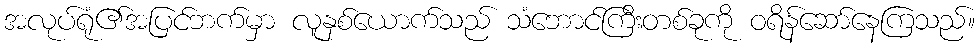
အလုပ်ရုံ၏အပြင်ဘက်မှာ လူနှစ်ယောက်သည် သံဘောင်ကြီးတစ်ခုကို ဝရိန်ဆော်နေကြသည်။